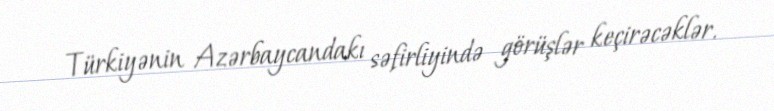
Türkiyənin Azərbaycandakı səfirliyində görüşlər keçirəcəklər.